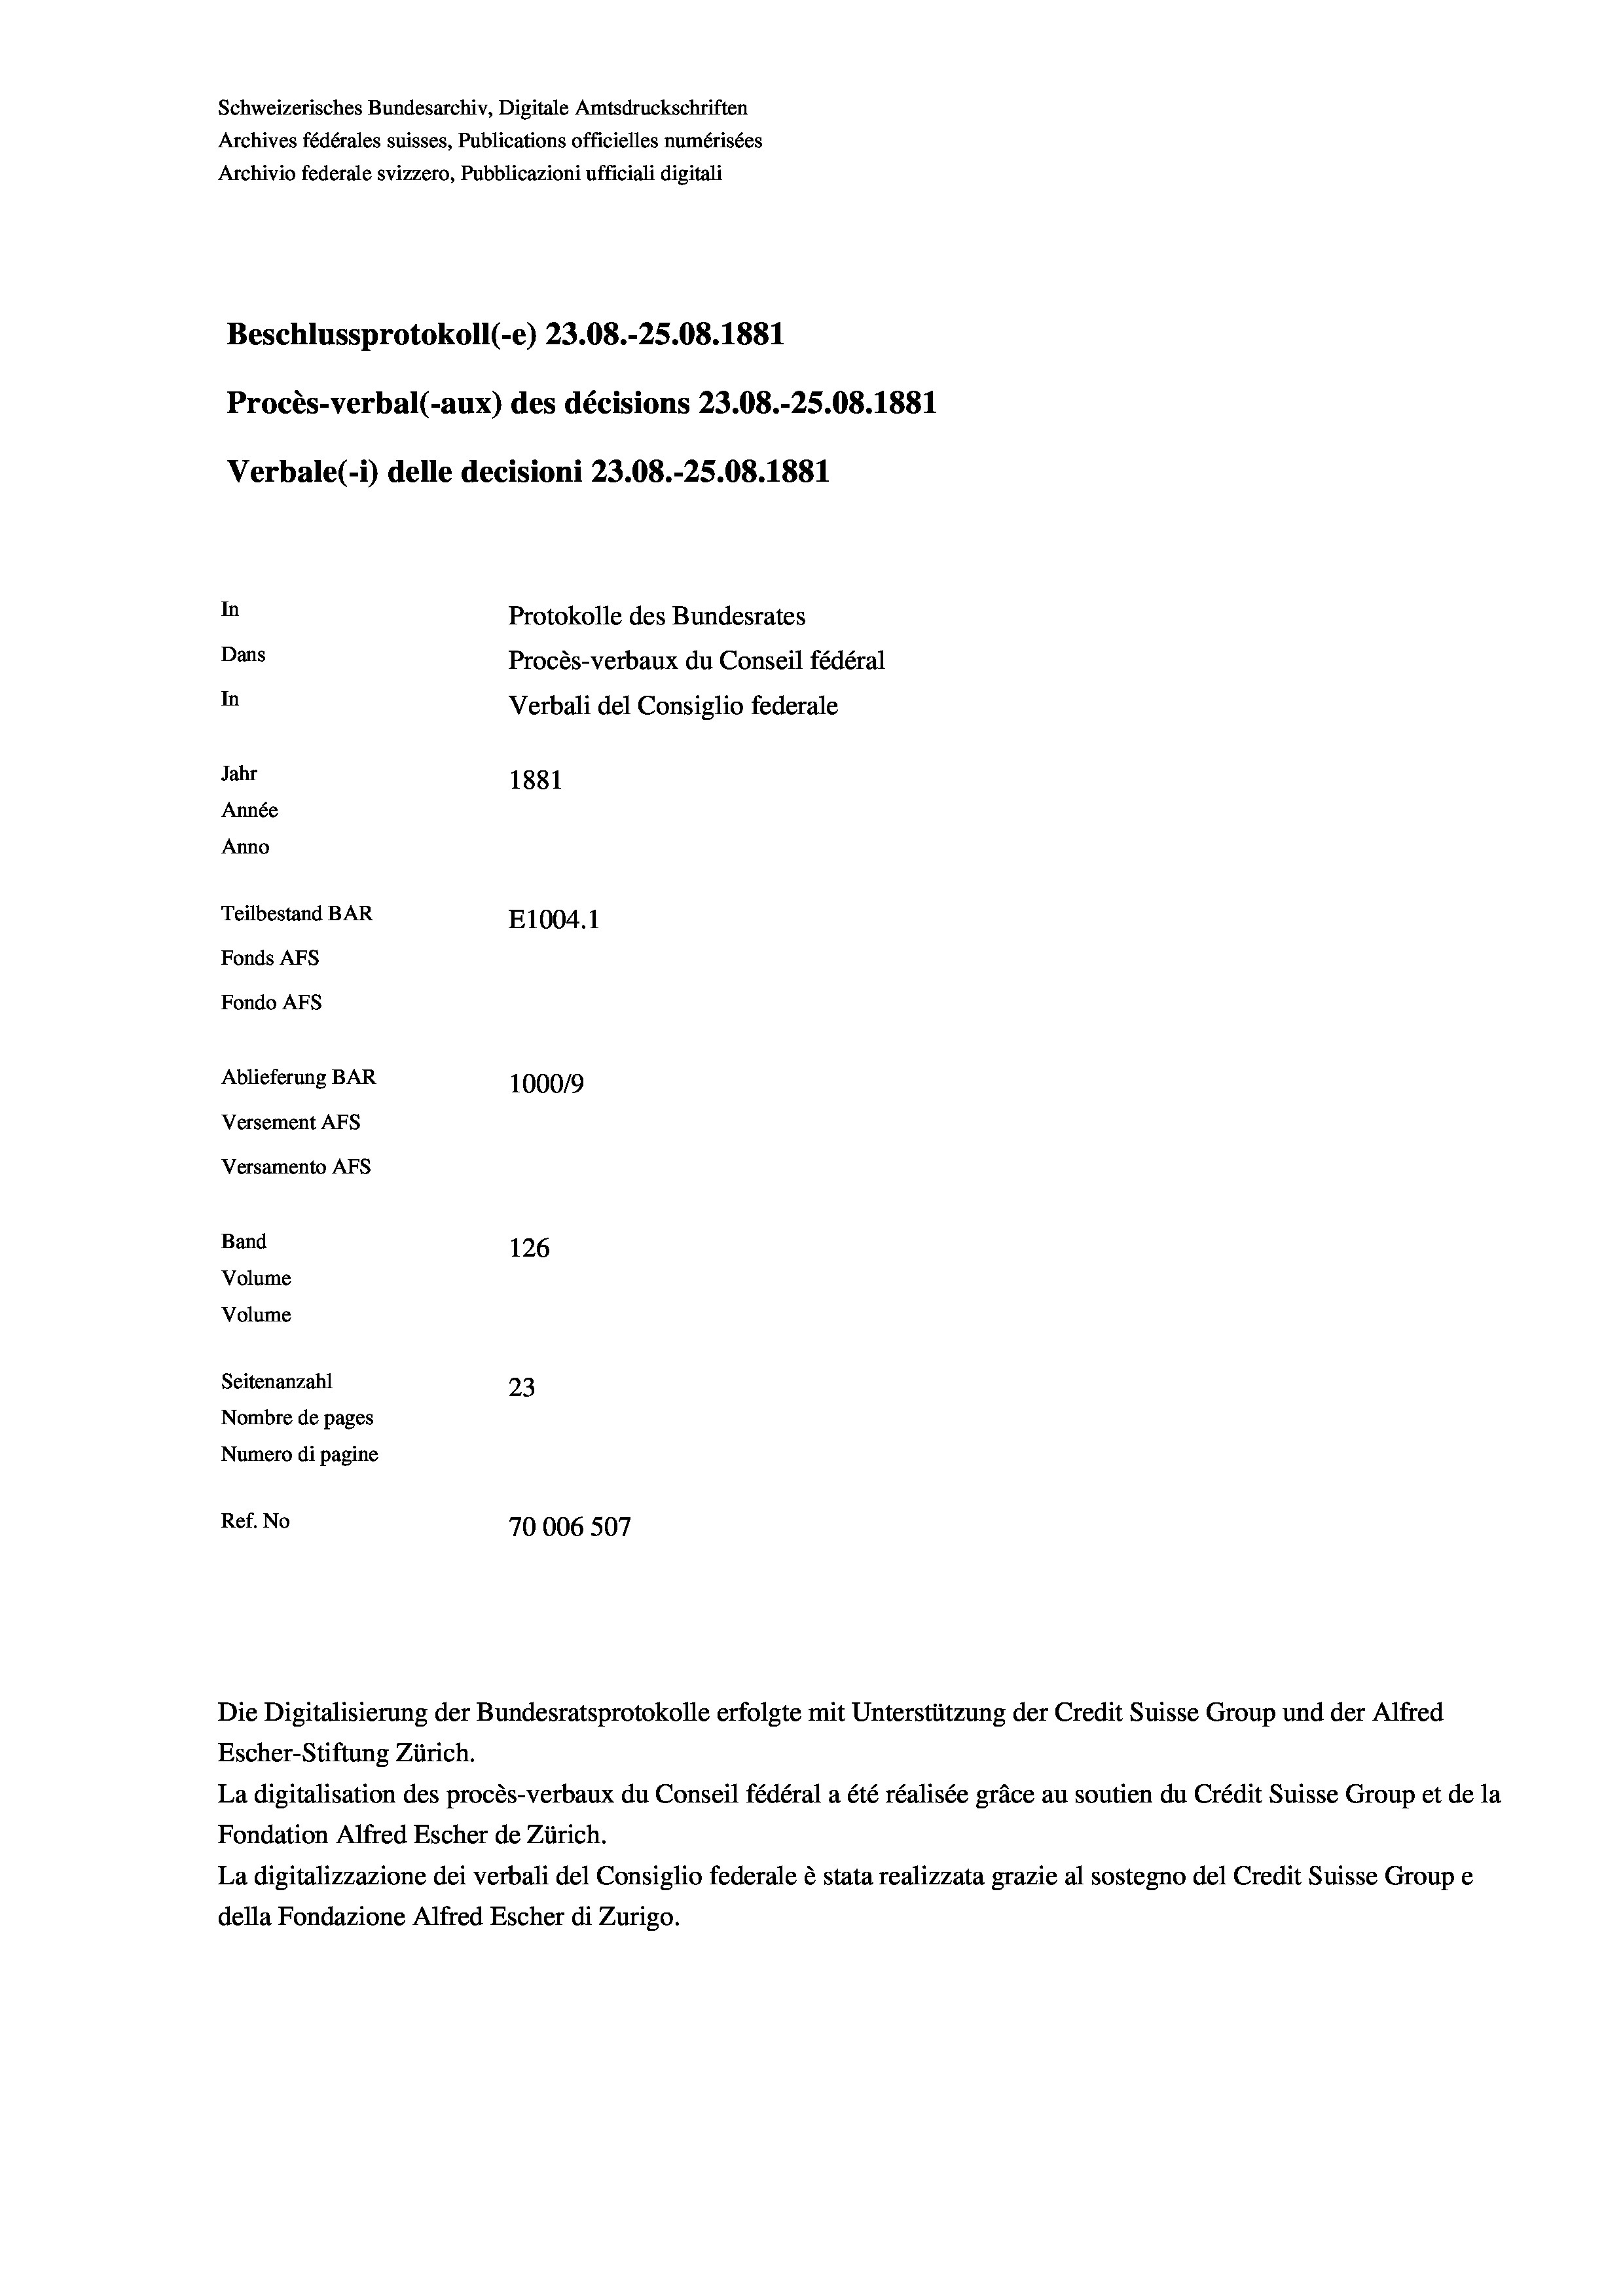
Schweizerisches Bundesarchiv, Digitale Amtsdruckschriften
Archives fédérales suisses, Publications officielles numérisées
Archivio federale svizzero, Pubblicazioni ufficiali digitali
Beschlussprotokoll (-e) 23.08.-25.08. 1881
Procès-verbal (-aux) des décisions 23.08.-25.08. 1881
Verbale(1) delle decisioni 23.08.-25.08. 1881
In
Protokolle des Bundesrates
Dans
Procès-verbaux du Conseil fédéral
In
Verbali del Consiglio federale
Jahr
1881
Année
Anno
Teilbestand BAR
E1004.1
Fonds AFs
Fondo Afs
Ablieferung BAR
10009
Versement Ans
Versamento AFs
Band
126
Volume
Volume
Seitenanzahl
23
Nombre de pages
Numero di pagine
Ref. No
70006 507

Die Digitalisierung der Bundesratsprotokolle erfolgte mit Unterstützung der Credit Suisse Group und der Alfred
Escher-Stiftung Zürich.
La digitalisation des procès-verbaux du Conseil fédéral a été réalisée gräce au soutien du Crédit Suisse Group et de la
Fondation Alfred Escher de Zürich.
La digitalizzazione dei verbali del Consiglio federale è stata realizzata grazie al sostegno del Credit Suisse Groupe
della Fondazione Alfred Escher di Zurigo.